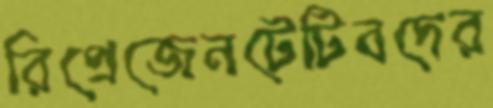
রিপ্রেজেনটেটিবদের